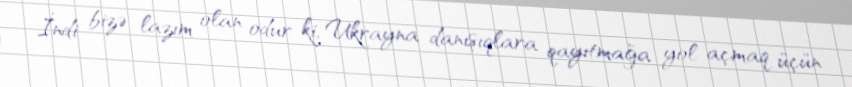
İndi bizə lazım olan odur ki, Ukrayna danışıqlara qayıtmağa yol açmaq üçün